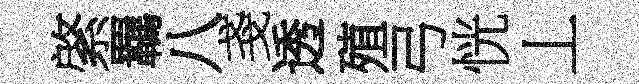
綮羈八戔透殖弓恍丄